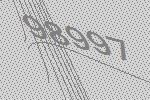
98997